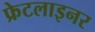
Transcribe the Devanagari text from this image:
फ्रेटलाइनर